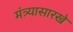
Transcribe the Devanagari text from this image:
मंत्र्यासारखे